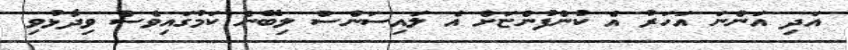
އަދި އަންނަ އަހަރު އެ ކުންފުންޏަށް އެ ލައިސަންސް ލިބޭނެ ކަމުގައިވެސް ވިދާޅުވި